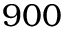
9 0 0